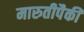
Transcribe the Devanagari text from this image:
मारुतीपैकी